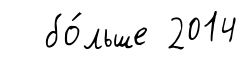
бо́льше 2014